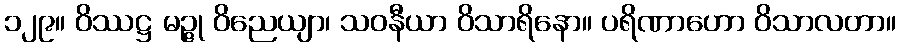
၁၂၉။ ဝိဿဋ္ဌ မဉ္ဇု ဝိညေယျာ၊ သဝနီယာ ဝိသာရိနော။ ပရိဏာဟော ဝိသာလတာ။